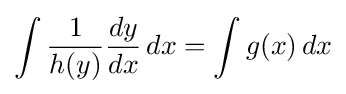
\int {\frac {1}{h(y)}}{\frac {dy}{dx}}\,dx=\int g(x)\,dx